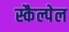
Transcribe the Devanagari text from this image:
स्कैल्पेल